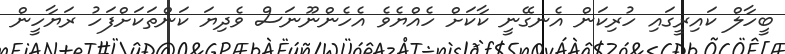
ބީހާލް ކައިރީގައި ހުރިކަން އެނގޭނީ ކާކަށް ހެއްޔެވެ އެހެންނޫނަސް ވެދިޔަ ކަންތަކަށްފަހު ރަޔާހީން